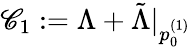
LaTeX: \mathscr{C}_{1}:=\Lambda+\tilde{{\Lambda}}\vert_{p_{0}^{(1)}}